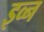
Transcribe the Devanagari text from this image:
इव्न